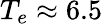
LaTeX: T_{e}\approx 6.5